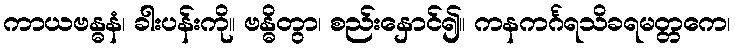
ကာယဗန္ဓနံ၊ ခါးပန်းကို။ ဗန္ဓိတွာ၊ စည်းနှောင်၍။ ကနကင်္ဂရသိခရမတ္တကေ၊